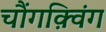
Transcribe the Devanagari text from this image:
चौंगक़्विंग